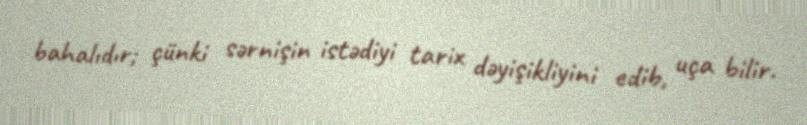
bahalıdır; çünki sərnişin istədiyi tarix dəyişikliyini edib, uça bilir.